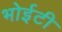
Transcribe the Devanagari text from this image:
भोईटी